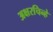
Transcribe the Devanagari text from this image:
अक्षरचिन्हे